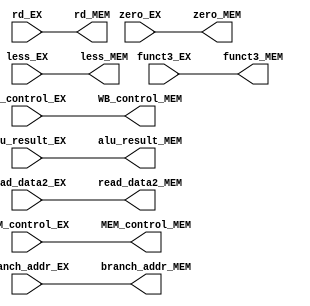
module Register_EX_MEM
(
    input [1:0] WB_control_EX,
    input [2:0] MEM_control_EX,
    input [63:0] branch_addr_EX,
    input [63:0] alu_result_EX,
    input zero_EX, less_EX,
    input [63:0] read_data2_EX,
    input [4:0] rd_EX,
    input [2:0] funct3_EX,
    output reg [1:0] WB_control_MEM,
    output reg [2:0] MEM_control_MEM,
    output reg [63:0] branch_addr_MEM,
    output reg [63:0] alu_result_MEM,
    output reg zero_MEM, less_MEM,
    output reg [63:0] read_data2_MEM,
    output reg [4:0] rd_MEM,
    output reg [2:0] funct3_MEM
);

always @(*) begin
    WB_control_MEM = WB_control_EX;
    MEM_control_MEM = MEM_control_EX;
    branch_addr_MEM = branch_addr_EX;
    alu_result_MEM = alu_result_EX;
    zero_MEM = zero_EX;
    less_MEM = less_EX;
    read_data2_MEM = read_data2_EX;
    rd_MEM = rd_EX;
    funct3_MEM = funct3_EX;
end

endmodule